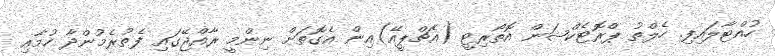
ހުއްޓާލައިފި. ހެލްތު ޕްރޮޓެކްޝަން އޮތޯރިޓީ (އެޗްޕީއޭ)އިން އެގޮތަށް ނިންމީ ރާއްޖޭގައި ފެތުރެމުންދާ ހުމާއި